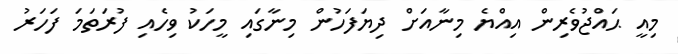
މިއީ ޙައްޖުވެރިން އިއްޔެ މިނާއަށް ދިޔަފަހުން މިނާގައި މީހަކު ވިހެއި ފުރަތަމަ ފަހަރު